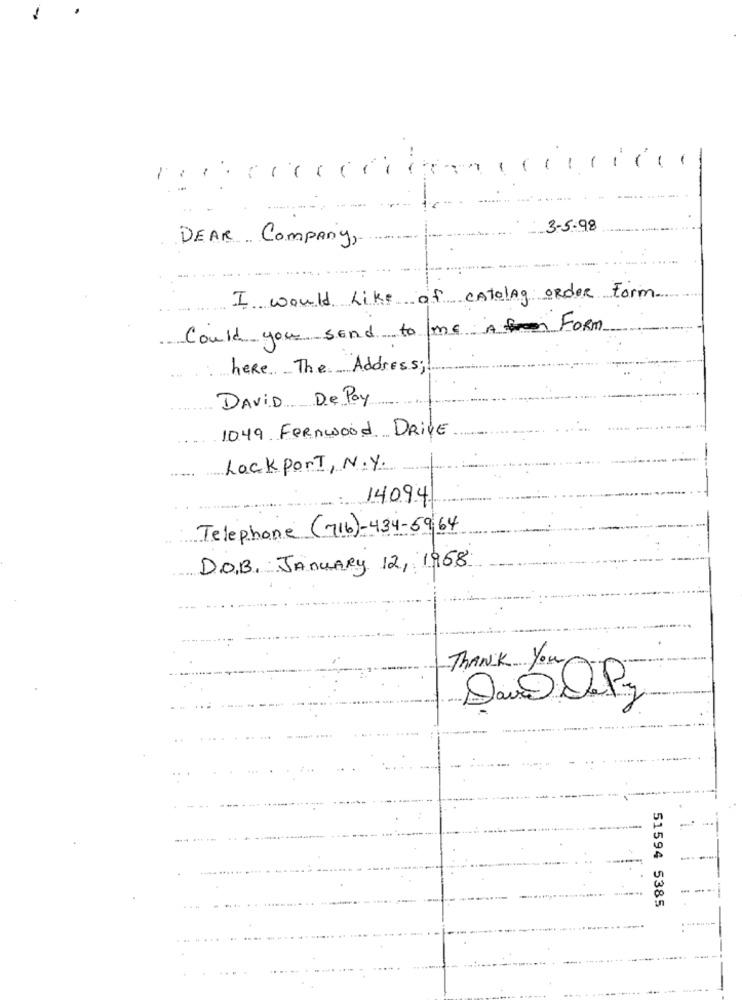
1
3-5-98
DEAR Company,
I would Like of CAtolag order Form
Could you send to me A Form
here The Address;
DAVID De Pay
1049 Fernwood DRIVE
Lockport, N.Y.
: 14094
Telephone (716)-434-5964
D.O.B. JANUARY 12, 1968
THANK You
51594 5385